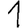
Digit: 1